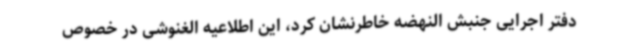
دفتر اجرایی جنبش النهضه خاطرنشان کرد، این اطلاعیه الغنوشی در خصوص